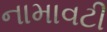
નામાવટી